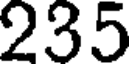
235